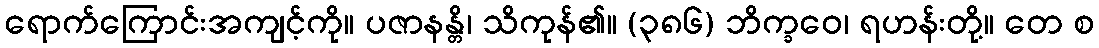
ရောက်ကြောင်းအကျင့်ကို။ ပဇာနန္တိ၊ သိကုန်၏။ (၃၈၆) ဘိက္ခဝေ၊ ရဟန်းတို့။ တေ စ